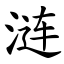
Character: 涟